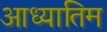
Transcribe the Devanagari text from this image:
आध्यातिम